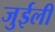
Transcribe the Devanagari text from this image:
जुईली